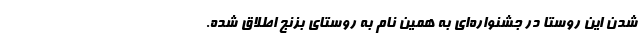
شدن این روستا در جشنواره‌ای به همین نام به روستای بزنج اطلاق شده.